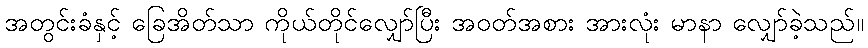
အတွင်းခံနှင့် ခြေအိတ်သာ ကိုယ်တိုင်လျှော်ပြီး အဝတ်အစား အားလုံး မာနာ လျှော်ခဲ့သည်။